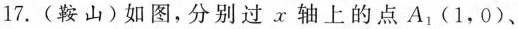
17.(鞍山)如图，分别过x轴上的点A_{1}(1，0)、